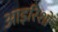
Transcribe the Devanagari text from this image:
आइरिशों